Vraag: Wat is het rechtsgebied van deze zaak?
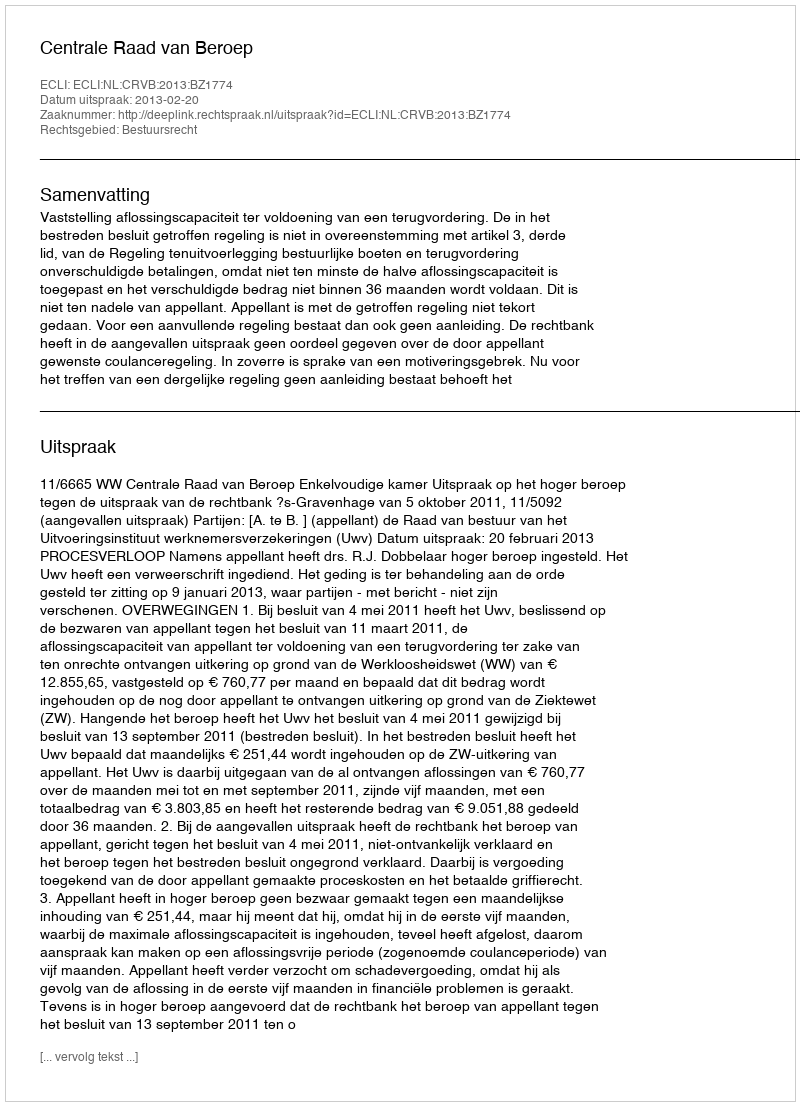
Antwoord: Bestuursrecht